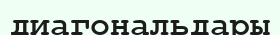
диагональдары